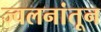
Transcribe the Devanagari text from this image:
ज्वलनांतून